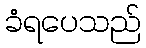
ခံရပေသည်